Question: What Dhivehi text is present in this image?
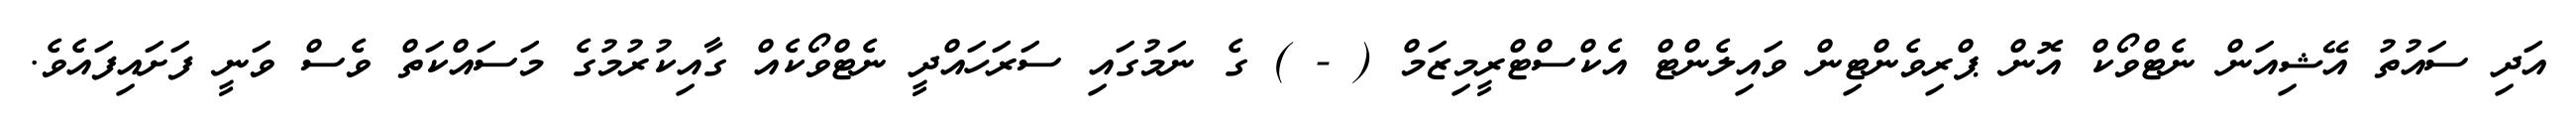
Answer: އަދި ސައުތު އޭޝިއަން ނެޓްވޯކް އޮން ޕްރިވެންޓިން ވައިލެންޓް އެކްސްޓްރީމިޒަމް ( - ) ގެ ނަމުގައި ސަރަހައްދީ ނެޓްވޯކެއް ގާއިކުރުމުގެ މަސައްކަތް ވެސް ވަނީ ފަށައިފައެވެ.